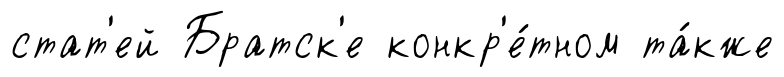
стат'ей Братск'е конкр'е́тном та́кже